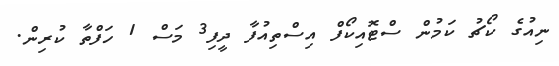
ނިއުގެ ކޯޗު ކަމުން ސްޓޮއިކޯފް އިސްތިއުފާ ދީފި3 މަސް 1 ހަފްތާ ކުރިން.